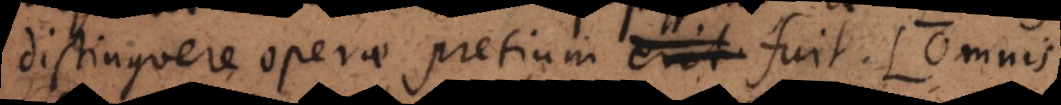
distinguere operae pretium erit. fuit. (Omnis